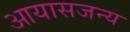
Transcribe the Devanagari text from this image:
आयासजन्य